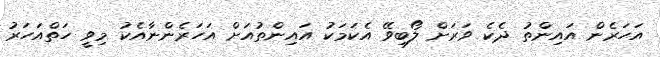
އަހަރެން އައިންތު ދެކެ ވަރަށް ލޯބިވޭ އެކަމަކު އައިންތުއަށް އަހަރެންނާއެކު މިވީ ހަތްއަހަރު